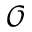
\mathcal { O }